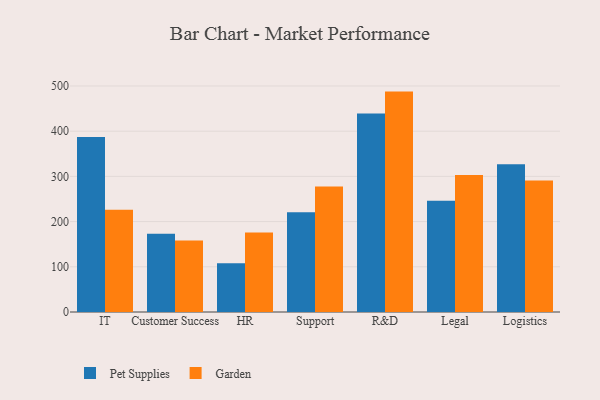
{"axis": {"x": "Department", "y": "Backlog"}, "legend": ["Garden", "Pet Supplies"], "data": [{"x": "IT", "y": 387.2, "type": "Pet Supplies"}, {"x": "IT", "y": 226.2, "type": "Garden"}, {"x": "Customer Success", "y": 173.0, "type": "Pet Supplies"}, {"x": "Customer Success", "y": 158.2, "type": "Garden"}, {"x": "HR", "y": 107.6, "type": "Pet Supplies"}, {"x": "HR", "y": 175.7, "type": "Garden"}, {"x": "Support", "y": 220.6, "type": "Pet Supplies"}, {"x": "Support", "y": 277.7, "type": "Garden"}, {"x": "R&D", "y": 439.1, "type": "Pet Supplies"}, {"x": "R&D", "y": 487.6, "type": "Garden"}, {"x": "Legal", "y": 246.1, "type": "Pet Supplies"}, {"x": "Legal", "y": 302.9, "type": "Garden"}, {"x": "Logistics", "y": 326.9, "type": "Pet Supplies"}, {"x": "Logistics", "y": 290.9, "type": "Garden"}]}